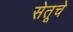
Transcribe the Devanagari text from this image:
सेतूचे